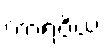
ကာရဝိယံ